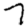
Digit: 7